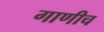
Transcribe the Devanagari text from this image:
गाणीच